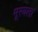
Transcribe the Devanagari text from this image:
मूरयला